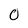
Character: O